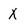
Character: X